Rapla_vallavalitsus, lk 38
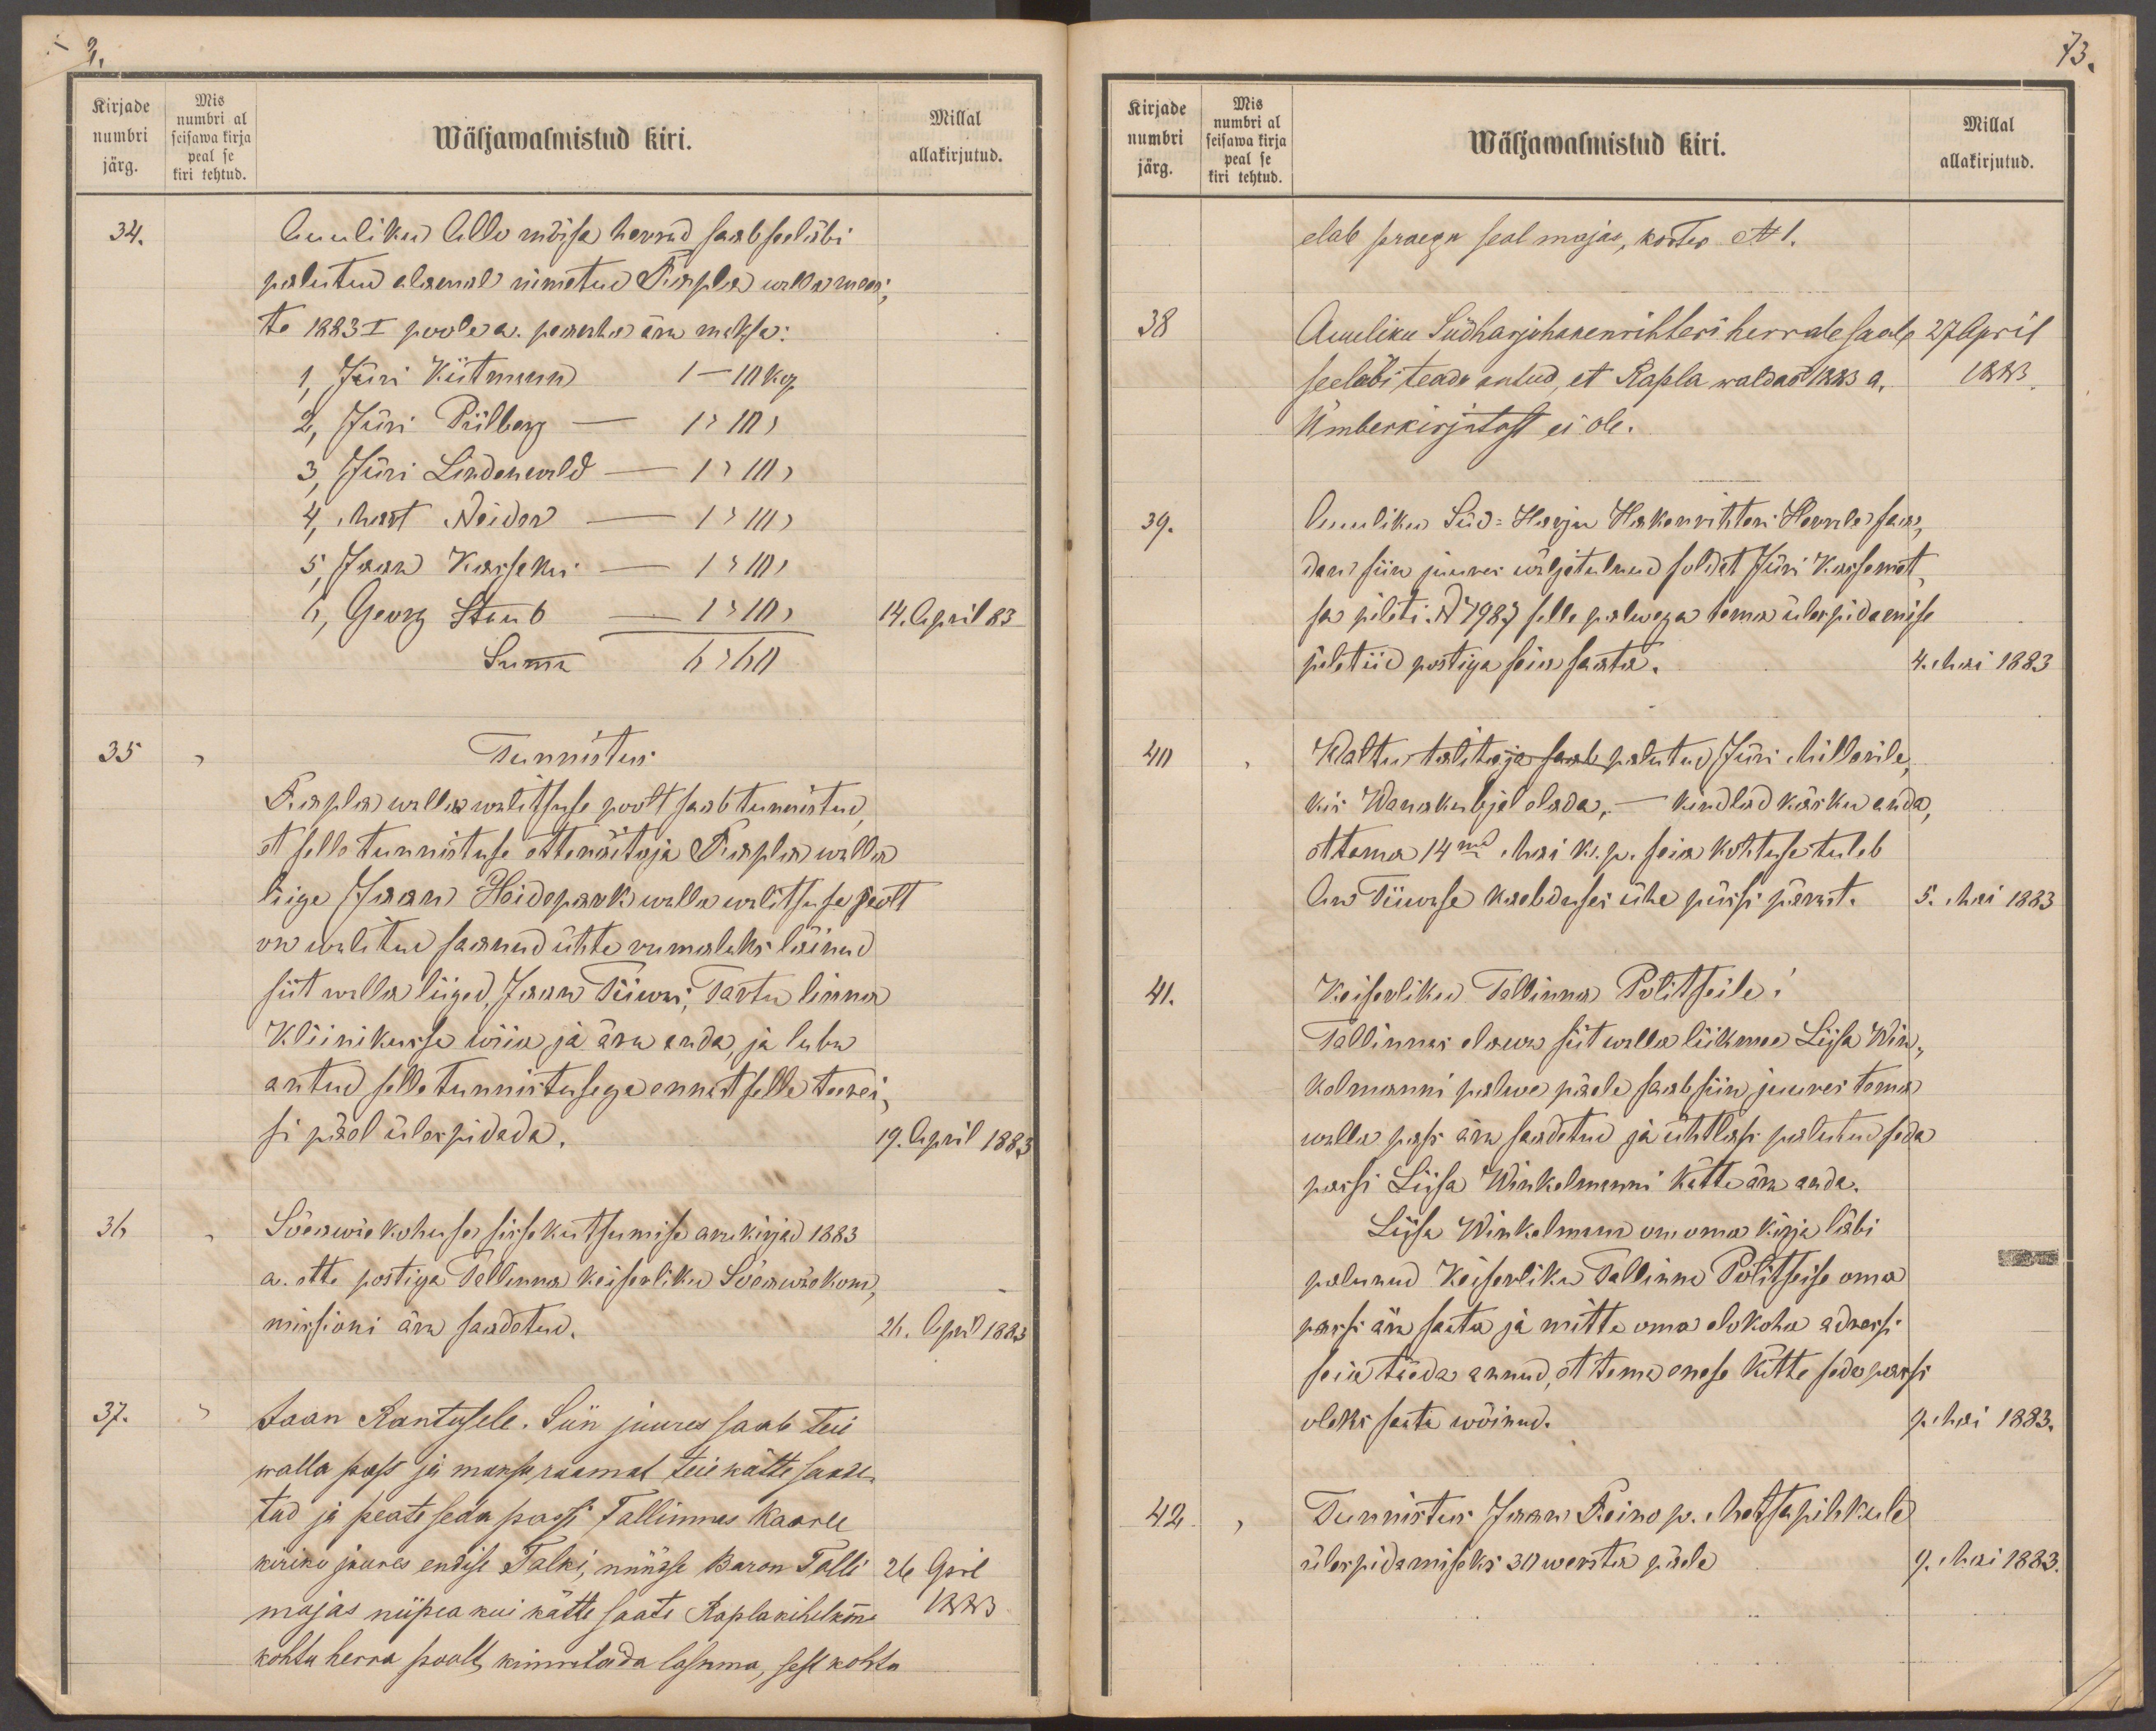
Kirjade
Mis
numbri
numbri al
seisawa kirja
Millal
peal se
järg.
kiri tehtud.
Wäljawalmistud kiri.
allakirjutud.
34.
Auuliku Allo mõisa herrad saab seeläbi
palutud alamal nimetud Rapla wallamees
te 1883 I poole a. pearaha ära maksa:
1, Jüri Kiitmann 1 - 10 kop.
2, Jüri Piilberg - 1 " 10 "
3, Jüri Lindenwald - 1 " 10 "
4, Mart Neider - 1 " 10 "
5, Jaan Kassakas- 1 " 10 "
6, Georg Staub - 1 " 10 "
14. April 83.
Summa 6 " 60 "
35
Tunnistus
Rapla wallawalitsuse poolt saab tunnistud
et selle tunnistuse ettenäitaja Rapla walla
liige Jaan Hoidepark walla walitsuse poolt
on walitud saanud ühte rumaleks läinud
siit walla liiged Jaan Tiiwas, Tartu linna
Kliinikusse wiia ja ära anda ja luba
antud selle tunnistusega ennast selle teerei
si pääl ülespidada.
19. April 1883.
36
Sõeawäe kohuse sisse kutsumise aru kirja 1883
a. ette postiga Tallinna Keiserliku Sõeawäekom-
missioni ära saadetud.
26. April 1883.
37.
Jaan Rantusele. Siin juures saab teie
walla pass ja maksu raamat teie kätte saade-
tud ja peate seda passi Tallinnas Kaarli
kiriku juures endise Talki, nüüdse Baron Tolli
26 April
majas niipea kui kätte saate Rapla kihelkonna
1883
kohtu herra poolt kinnitada lasuma, sest kohtu

73.
Kirjade
Mis
numbri
numbri al
seisawa kirja
Wäljawalmistud kiri.
Millal
järg.
peal se
kiri tehtud.
allakirjutud.
elab praegu seal majas, korter No 1.
38
Auuliku Südharjuhakenrihteri herrale saab
27 April
seeläbi teada antud, et Rapla waldas 1883 a.
1883
ümberkirjutust ei ole.
39.
Auuliku Süd-Harju Hakenrihteri Herrale saa-
dan siin juures wäljatulnud soldat Jüri Kassemet,
sa pileti. No 4987 selle palwega tema ülespidamise
piletiid postiga seia saata.
4. Mai 1883
40
Waltu talitaja saab palutud Jüri Millerile,
kes Wanakubjal elada, - kindlad käsku anda,
et tema 14mal. Mai k. p. seia kohtuse tuleb
An Tiiwase kaebduses ühe püssi pärast.
5. Mai 1883
41.
Keiserliku Tallinna Politseile.
Tallinnas elawa siit walla liikme Liisa Win-
kelmanni palwe päele saab siin juures tema
walla pass ära saadetud ja ühtlasi palutud seda
passi Liisa Winkelmanni kätte ära anda.
Liisa Winkelmann on oma kirja läbi
palunud Keiserliku Tallinna Politseise oma
passi ära saata ja mitte oma elukoha adressi
seia täeda annud, et tema enese kätte seda passi
oleks saata wõinud.
9. Mai 1883.
42
Tunnistus Jaan Reino p. Metsapihkule
ülespidamiseks 30 wersta päele
9. Mai 1883.